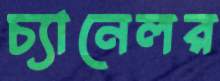
চ্যানেলর